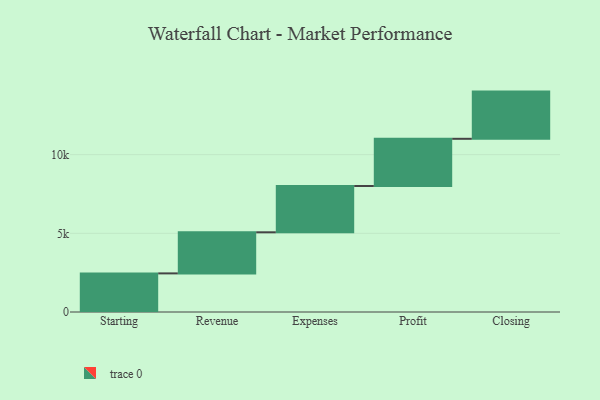
{"axis": {"x": "Step", "y": "Value"}, "legend": [""], "data": [{"x": "Starting", "y": 2454.0, "type": ""}, {"x": "Revenue", "y": 2612.0, "type": ""}, {"x": "Expenses", "y": 2943.0, "type": ""}, {"x": "Profit", "y": 3000, "type": ""}, {"x": "Closing", "y": 3000, "type": ""}]}